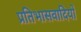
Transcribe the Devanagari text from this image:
प्रतिभासवादियों